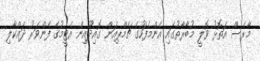
މާރެސް އަތޮޅު ވޮލީ މުބާރާތުގައި އެންމެފަހުގެ ޗެމްޕިއަން ގޮއިދޫއިން އެޓީމުގެ ފެންވަރު ދައްކާލި